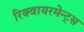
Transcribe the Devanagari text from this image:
रिक्वायरमेन्ट्स